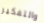
والتفكير